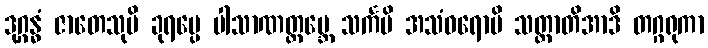
ဒုဂ္ဂန္ဓံ ဇာတေသုပိ ခုရပ္ပေ ပါသာဏတ္ထမ္ဘေ သင်္ကမိ အသံဝရောပိ သတ္တာတိအာဒိ တဂ္ဂရုကာ